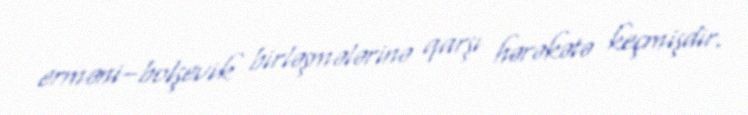
erməni–bolşevik birləşmələrinə qarşı hərəkətə keçmişdir.